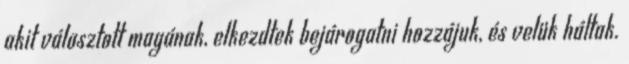
akit választott magának, elkezdtek bejárogatni hozzájuk, és velük háltak.